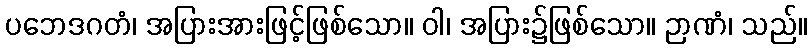
ပဘေဒဂတံ၊ အပြားအားဖြင့်ဖြစ်သော။ ဝါ၊ အပြား၌ဖြစ်သော။ ဉာဏံ၊ သည်။